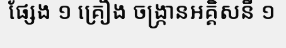
ផ្សែង ១ គ្រឿង ចង្ក្រានអគ្គិសនី ១